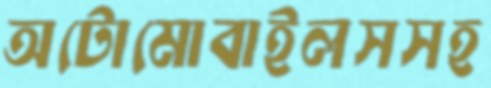
অটোমোবাইলসসহ